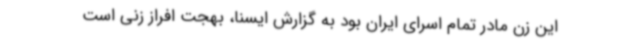
این زن مادر تمام اسرای ایران بود به گزارش ایسنا، بهجت افراز زنی است